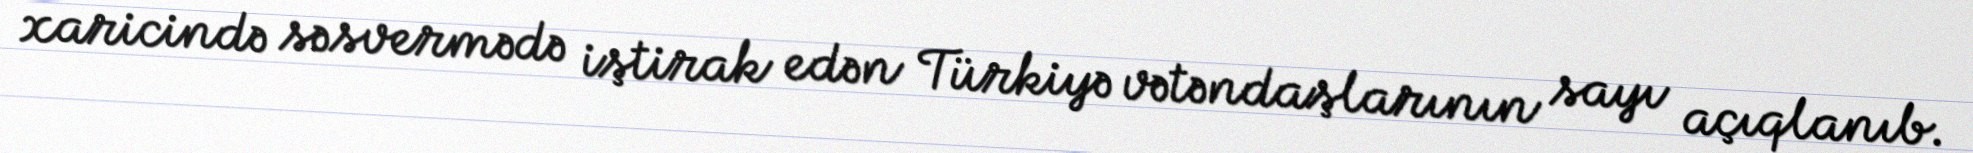
xaricində səsvermədə iştirak edən Türkiyə vətəndaşlarının sayı açıqlanıb.